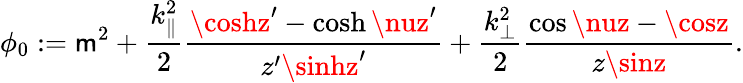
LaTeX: \phi_{0}:=\mathsf{m}^{2}+\frac{{k_{\| }^{2}}}{{2}}\frac{{\coshz^{\prime}-\cosh\nuz^{\prime}}}{{z^{\prime}\sinhz^{\prime}}}+\frac{{k_{\bot}^{2}}}{{2}}\frac{{\cos\nuz-\cosz}}{{z\sinz}}.